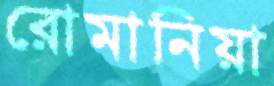
রোমানিয়া